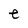
Character: e